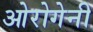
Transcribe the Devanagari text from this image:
ओरोगेनी